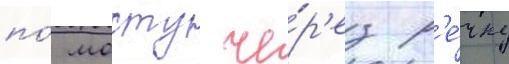
по́ мосту че́р'ез р'е́чку